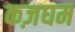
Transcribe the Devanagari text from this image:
कज़घम